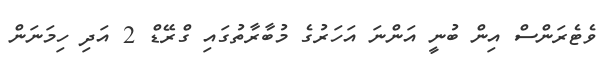
ވެޓެރަންސް އިން ބުނީ އަންނަ އަހަރުގެ މުބާރާތުގައި ގްރޭޑް 2 އަދި ހިމަނަން